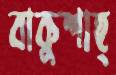
বাকুশাহ্